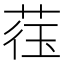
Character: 𫈙